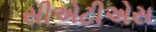
સીએટીએસ